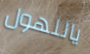
ياللهول